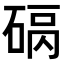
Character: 𥓠